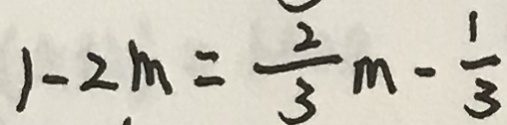
1 - 2 m = \frac { 2 } { 3 } m - \frac { 1 } { 3 }